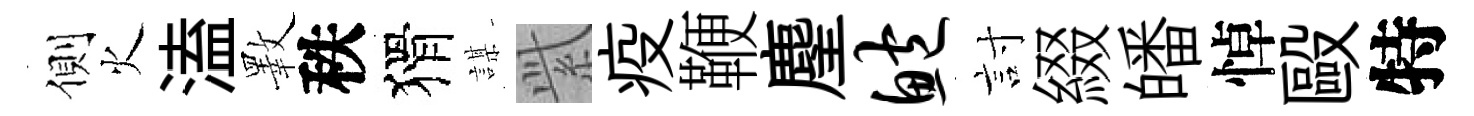
側火溘斁秩猾謀𬗋疫鞭麈鲍討綴皤悼毆特